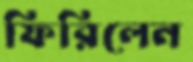
ফিরিলেন